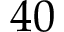
4 0